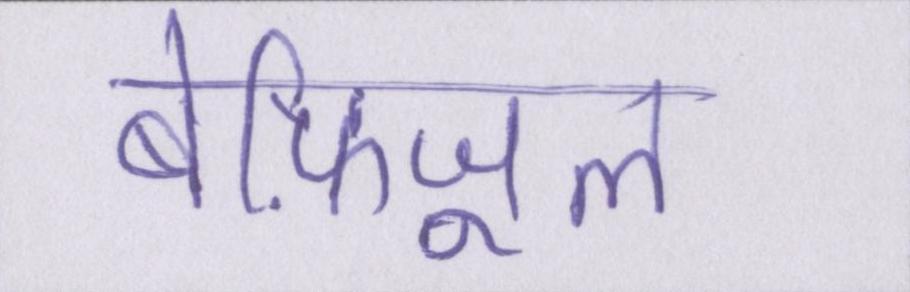
बेफ़िजूल